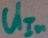
Text: UIn